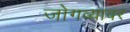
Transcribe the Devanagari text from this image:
जोगव्यावर